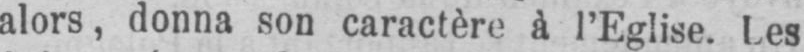
alors, donna son caractère à l’Eglise. Les